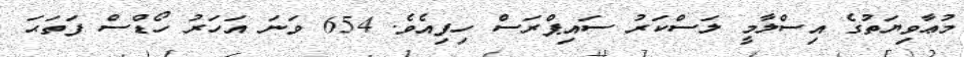
މުޢާވިޔަތުގެ އިސްލާމީ ލަސްކަރު ސައިޕްރަސް ހިފިއެވެ. 654 ވަނަ އަހަރު ހޯޑްސް ފަތަޙަ